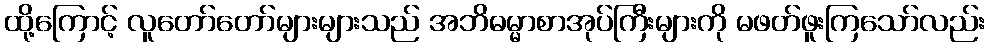
ထို့ကြောင့် လူတော်တော်များများသည် အဘိဓမ္မာစာအုပ်ကြီးများကို မဖတ်ဖူးကြသော်လည်း